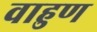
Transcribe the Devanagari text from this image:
वाहुण